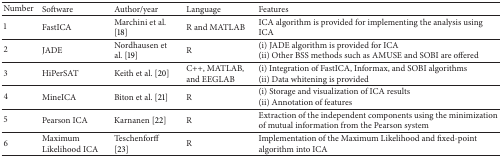
| Number | Software | Author/year | Language | Features |
 | --- | --- | --- | --- | --- |
 | 1 | FastICA | Marchini et al. [18] | R and MATLAB | ICA algorithm is provided for implementing the analysis using ICA |
 | 2 | JADE | Nordhausen et al. [19] | R | (i) JADE algorithm is provided for ICA(ii) Other BSS methods such as AMUSE and SOBI are offered |
 | 3 | HiPerSAT | Keith et al. [20] | C++, MATLAB, and EEGLAB | (i) Integration of FastICA, Informax, and SOBI algorithms(ii) Data whitening is provided |
 | 4 | MineICA | Biton et al. [21] | R | (i) Storage and visualization of ICA results(ii) Annotation of features |
 | 5 | Pearson ICA | Karnanen [22] | R | Extraction of the independent components using the minimization of mutual information from the Pearson system |
 | 6 | Maximum Likelihood ICA | Teschenforff [23] | R | Implementation of the Maximum Likelihood and fixed-point algorithm into ICA |